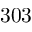
3 0 3